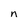
Character: n